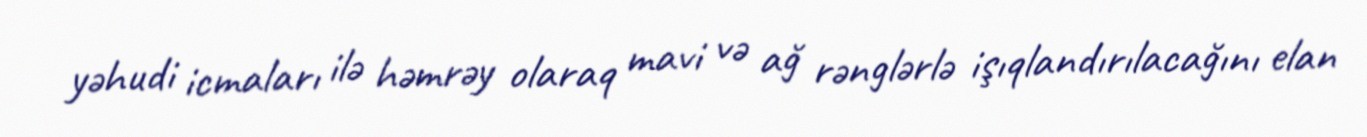
yəhudi icmaları ilə həmrəy olaraq mavi və ağ rənglərlə işıqlandırılacağını elan